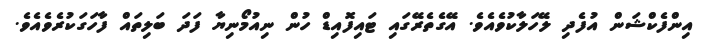
އިންފެކްޝަން އުފެދި ލޭހަލާކުވެއެވެ. އޭގެތެރޭގައި ޓައިފޮއިޑް ހުން ނިއުމޯނިޔާ ފަދަ ބަލިތައް ފާހަގަކުރެވެއެވެ.